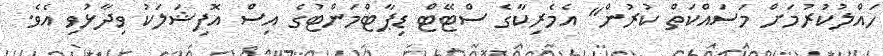
ހައްލުކުރުމަށް މަސައްކަތް ކުރުން" އެމެރިކާގެ ސްޓޭޓް ޑިޕާޓްމަންޓުގެ އިސް އޮފިޝަލަކު ވިދާޅުވި އެވެ.